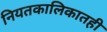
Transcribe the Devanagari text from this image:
नियतकालिकातही